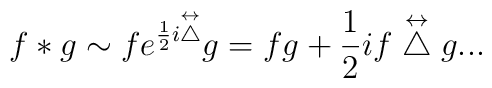
f*g \sim f e^{\frac{1}{2}i\stackrel{\leftrightarrow}{\bigtriangleup}} g	= fg+\frac{1}{2}if\stackrel{\leftrightarrow}{\bigtriangleup} g...